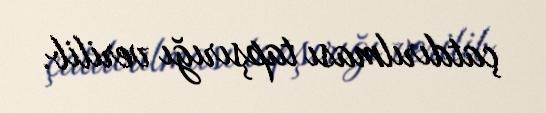
çatdırılması tapşırığı verilib.